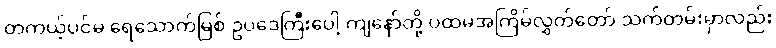
တကယ့်ပင်မ ရေသောက်မြစ် ဥပဒေကြီးပေါ့ ကျနော်တို့ ပထမအကြိမ်လွှတ်တော် သက်တမ်းမှာလည်း